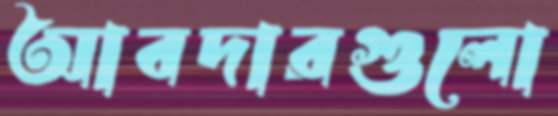
আবদারগুলো